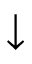
\downarrow